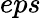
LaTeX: eps